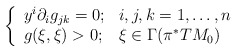
\begin{align*}\left\{ \begin{array}{ll}y^i\partial_i g_{jk}=0; & i,j,k=1,\dots ,n\\g(\xi,\xi)> 0; & \xi\in\Gamma(\pi^*TM_0)\end{array} \right.\end{align*}